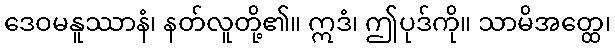
ဒေဝမနူဿာနံ၊ နတ်လူတို့၏။ ဣဒံ၊ ဤပုဒ်ကို။ သာမိအတ္ထေ၊